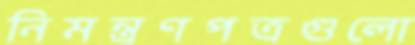
নিমন্ত্রণপত্রগুলো